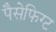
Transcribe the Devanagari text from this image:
पैसेफिग्ट